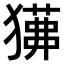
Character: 𤢁